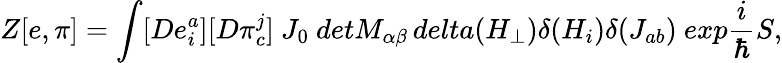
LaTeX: Z[e,\pi]=\int[De_{i}^{a}][D\pi_{c}^{j}]\ J_{0}\ detM_{\alpha\beta}\, delta(H_{\perp})\delta(H_{i})\delta(J_{ab})\ exp\frac{i}{\hbar}S,